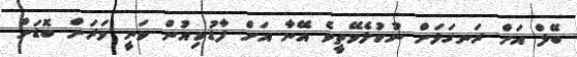
ބޭލް އަށް ރަނގަޅަށް ނުކުޅެވޭތީވެ އޭނާ އަށް ފާޑުކިއުން ވަނީ ވަރަށް ބޮޑަށް